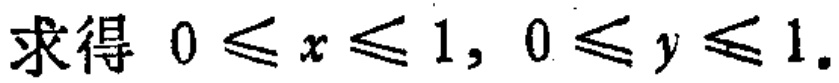
求得 \(0 \leq x \leq 1, 0 \leq y \leq 1\)。